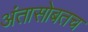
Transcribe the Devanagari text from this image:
अंतासोबतच